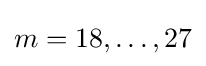
m=18,\ldots ,27